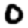
Digit: 0